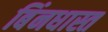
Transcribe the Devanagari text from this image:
बिंनधास्त